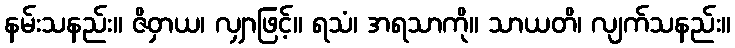
နမ်းသနည်း။ ဇိဝှာယ၊ လျှာဖြင့်။ ရသံ၊ အရသာကို။ သာယတိ၊ လျက်သနည်း။